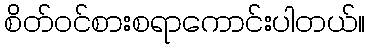
စိတ်ဝင်စားစရာကောင်းပါတယ်။